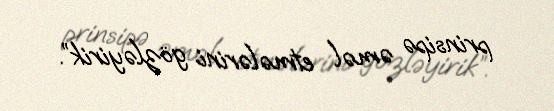
prinsipə əməl etmələrini gözləyirik”.